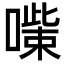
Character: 𠾋